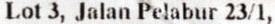
LOT 3, JALAN PELABUR 23/1,